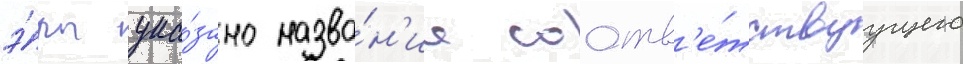
э́ры ука́зано назва́н'ие соотв'е́тствуущего